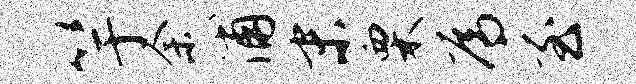
竽余浦末栗焉至